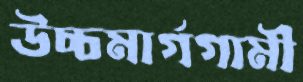
উচ্চমার্গগামী